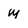
Character: M